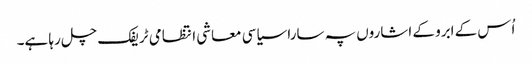
اُس کے ابرو کے اشاروں پہ سارا سیاسی معاشی انتظامی ٹریفک چل رہا ہے۔